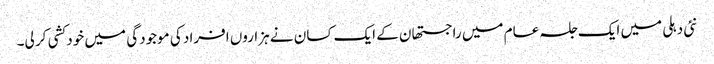
نئی دہلی میں ایک جلسہ عام میں راجستھان کے ایک کسان نے ہزاروں افراد کی موجودگی میں خود کشی کر لی۔